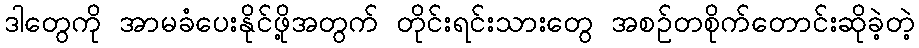
ဒါတွေကို အာမခံပေးနိုင်ဖို့အတွက် တိုင်းရင်းသားတွေ အစဥ်တစိုက်တောင်းဆိုခဲ့တဲ့